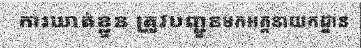
ការឃាត់ខ្លួន ត្រូវបញ្ជូនមកអគ្គនាយកដ្ឋាន